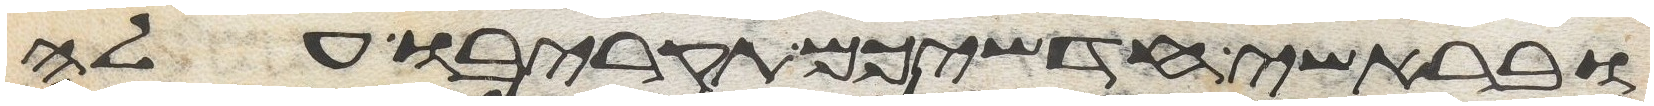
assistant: ובראשי חדשיכם תקריבו עלה